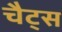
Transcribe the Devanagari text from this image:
चैट्स